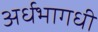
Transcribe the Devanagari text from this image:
अर्धभागधी